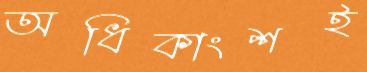
অধিকাংশই